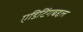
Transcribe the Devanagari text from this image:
एडिटिंगबद्दल